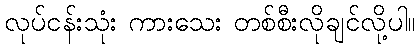
လုပ်ငန်းသုံး ကားသေး တစ်စီးလိုချင်လို့ပါ။